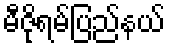
မီဇိုရမ်ပြည်နယ်